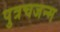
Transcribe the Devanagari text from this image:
पुत्रचजन्म